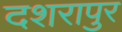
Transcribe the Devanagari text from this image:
दशरापुर